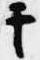
于